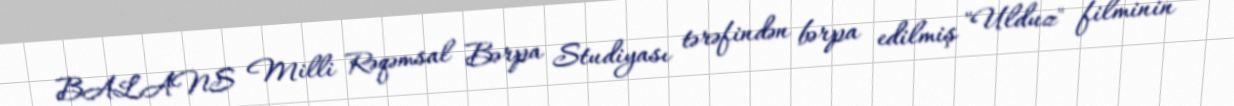
BALANS Milli Rəqəmsal Bərpa Studiyası tərəfindən bərpa edilmiş "Ulduz" filminin